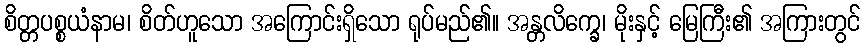
စိတ္တပစ္စယံနာမ၊ စိတ်ဟူသော အကြောင်းရှိသော ရုပ်မည်၏။ အန္တလိက္ခေ၊ မိုးနှင့် မြေကြီး၏ အကြားတွင်